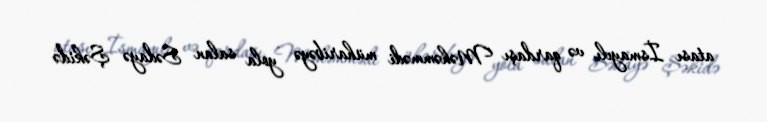
atası İsmayılı və qardaşı Məhəmmədi müharibəyə yola salan Sədayə Şəkidə